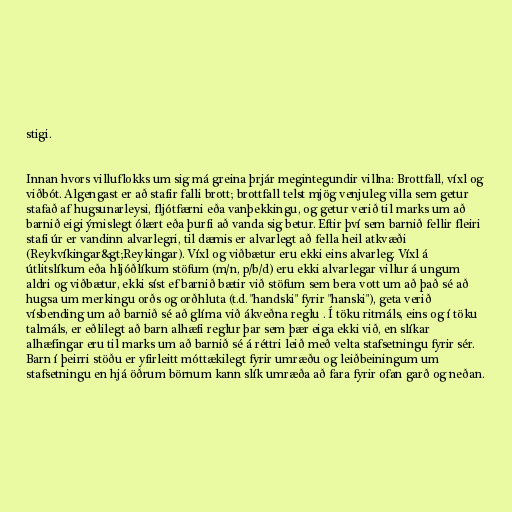
stigi.

Innan hvors villuflokks um sig má greina þrjár megintegundir villna: Brottfall, víxl og
viðbót. Algengast er að stafir falli brott; brottfall telst mjög venjuleg villa sem getur
stafað af hugsunarleysi, fljótfærni eða vanþekkingu, og getur verið til marks um að
barnið eigi ýmislegt ólært eða þurfi að vanda sig betur. Eftir því sem barnið fellir fleiri
stafi úr er vandinn alvarlegri, til dæmis er alvarlegt að fella heil atkvæði
(Reykvíkingar&gt;Reykingar). Víxl og viðbætur eru ekki eins alvarleg. Víxl á
útlitslíkum eða hljóðlíkum stöfum (m/n, p/b/d) eru ekki alvarlegar villur á ungum
aldri og viðbætur, ekki síst ef barnið bætir við stöfum sem bera vott um að það sé að
hugsa um merkingu orðs og orðhluta (t.d. "handski" fyrir "hanski"), geta verið
vísbending um að barnið sé að glíma við ákveðna reglu . Í töku ritmáls, eins og í töku
talmáls, er eðlilegt að barn alhæfi reglur þar sem þær eiga ekki við, en slíkar
alhæfingar eru til marks um að barnið sé á réttri leið með velta stafsetningu fyrir sér.
Barn í þeirri stöðu er yfirleitt móttækilegt fyrir umræðu og leiðbeiningum um
stafsetningu en hjá öðrum börnum kann slík umræða að fara fyrir ofan garð og neðan.